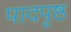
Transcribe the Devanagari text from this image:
पादपृष्ठ